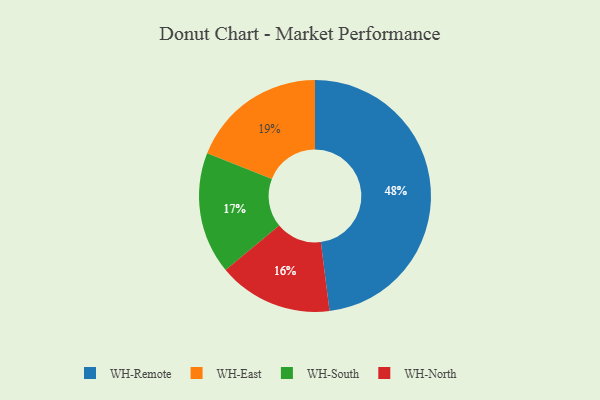
{"axis": {"x": "Category", "y": "Percentage"}, "legend": ["WH-East", "WH-North", "WH-Remote", "WH-South"], "data": [{"x": "WH-South", "y": 17, "type": "WH-South"}, {"x": "WH-North", "y": 16, "type": "WH-North"}, {"x": "WH-Remote", "y": 48, "type": "WH-Remote"}, {"x": "WH-East", "y": 19, "type": "WH-East"}]}